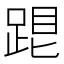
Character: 𨁞